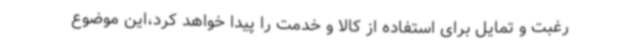
رغبت و تمایل برای استفاده از کالا و خدمت را پیدا خواهد کرد،این موضوع